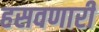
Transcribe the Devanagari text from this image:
हसवणारी